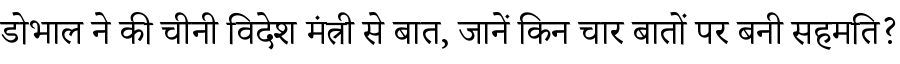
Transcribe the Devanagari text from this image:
डोभाल ने की चीनी विदेश मंत्री से बात, जानें किन चार बातों पर बनी सहमति?